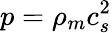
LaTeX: p=\rho_{m}c_{s}^{2}